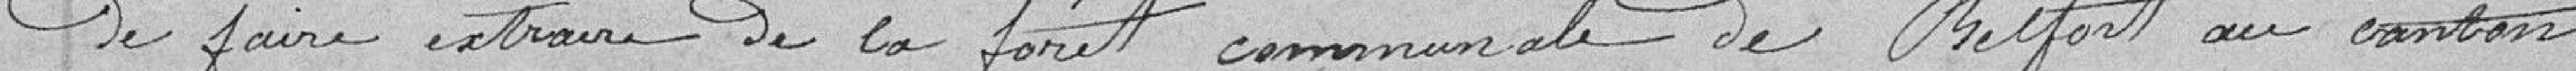
de faire extraire de la forêt communale de Belfort au canton